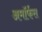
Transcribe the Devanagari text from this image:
अमॉर्फस